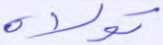
تولاه